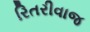
રિતરીવાજ